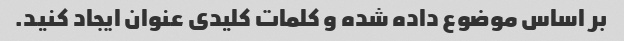
بر اساس موضوع داده شده و کلمات کلیدی عنوان ایجاد کنید.